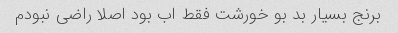
برنج بسیار بد بو خورشت فقط اب بود اصلا راضی نبودم